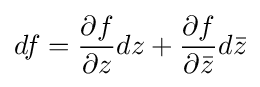
df={\frac {\partial f}{\partial z}}dz+{\frac {\partial f}{\partial {\bar {z}}}}d{\bar {z}}